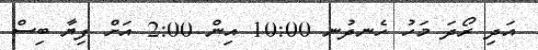
އަދި ރޯދަ މަހު ހެނދުނ 10:00 އިން 2:00 އަށް ފިޔާ ބިސް